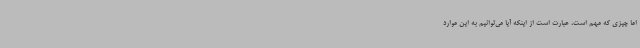
اما چیزی که مهم است، عبارت است از اینکه آیا می‌توانیم به این موارد